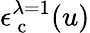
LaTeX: \epsilon_{\mathrm{~c~}}^{\lambda=1}(u)